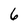
Character: 6